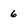
Character: 6